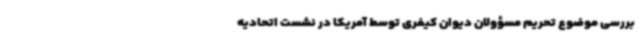
بررسی موضوع تحریم مسؤولان دیوان کیفری توسط آمریکا در نشست اتحادیه